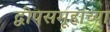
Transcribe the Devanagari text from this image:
द्वीपसमूहांच्या